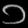
Digit: ၁